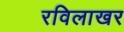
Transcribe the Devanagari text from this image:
रविलाखर